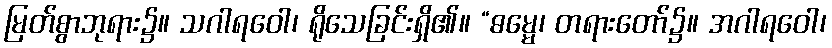
မြတ်စွာဘုရား၌။ သဂါရဝေါ၊ ရိုသေခြင်းရှိ၏။ “ဓမ္မေ၊ တရားတော်၌။ အဂါရဝေါ၊